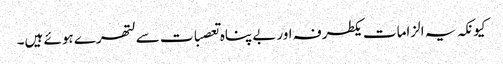
کیونکہ یہ الزامات یکطرفہ اوربے پناہ تعصبات سے لتھرے ہوئے ہیں۔